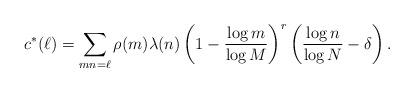
LaTeX: \begin{align*} c^*(\ell)=\sum_{mn=\ell} \rho(m)\lambda(n)\left(1-\frac{\log{m}}{\log{M}}\right)^r\left(\frac{\log{n}}{\log{N}}-\delta\right).\end{align*}